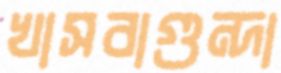
খাসবাগুন্দা